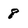
Character: 8